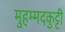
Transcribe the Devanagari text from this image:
मुहम्मदकुट्टी